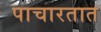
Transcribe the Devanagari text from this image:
पाचारतात